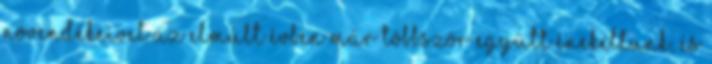
növendékeivel az elmúlt évben már többször együtt énekeltünk, és